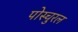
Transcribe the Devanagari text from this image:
पोस्चुरल